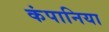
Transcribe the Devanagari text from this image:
कंपानिया